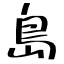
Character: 島